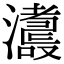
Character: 𤃕